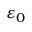
\varepsilon _ { 0 }